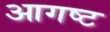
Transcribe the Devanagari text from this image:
आगष्ट